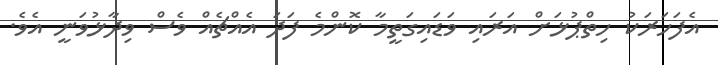
އެފަހަރަކު ހިތްޕުޅަށް އަރައި ވަޑައިގަތީމާ ކޮންމެ ފަދަ އެއްޗެއް ވެސް ވިދާޅުވަނީ އެވެ.